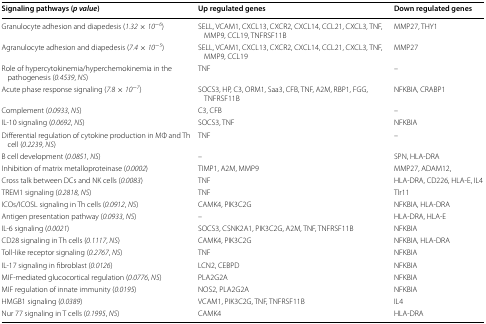
<table><thead><tr><td><b>Signaling pathways (<i>p value</i>)</b></td><td><b>Up regulated genes</b></td><td><b>Down regulated genes</b></td></tr></thead><tbody><tr><td>Granulocyte adhesion and diapedesis (<i>1.32</i> × <i>10</i><sup>−<i>6</i></sup>)</td><td>SELL, VCAM1, CXCL13, CXCR2, CXCL14, CCL21, CXCL3, TNF, MMP9, CCL19, TNFRSF11B</td><td>MMP27, THY1</td></tr><tr><td>Agranulocyte adhesion and diapedesis (<i>7.4</i> × <i>10</i><sup>−<i>5</i></sup>)</td><td>SELL, VCAM1, CXCL13, CXCR2, CXCL14, CCL21, CXCL3, TNF, MMP9, CCL19</td><td>MMP27</td></tr><tr><td>Role of hypercytokinemia/hyperchemokinemia in the pathogenesis (<i>0.4539</i>, <i>NS</i>)</td><td>TNF</td><td>–</td></tr><tr><td>Acute phase response signaling (<i>7.8</i> × <i>10</i><sup>−<i>7</i></sup>)</td><td>SOCS3, HP, C3, ORM1, Saa3, CFB, TNF, A2M, RBP1, FGG, TNFRSF11B</td><td>NFKBIA, CRABP1</td></tr><tr><td>Complement (<i>0.0933</i>, <i>NS</i>)</td><td>C3, CFB</td><td>–</td></tr><tr><td>IL-10 signaling (<i>0.0692</i>, <i>NS</i>)</td><td>SOCS3, TNF</td><td>NFKBIA</td></tr><tr><td>Differential regulation of cytokine production in MΦ and Th cell (<i>0.2239</i>, <i>NS</i>)</td><td>TNF</td><td>–</td></tr><tr><td>B cell development (<i>0.0851</i>, <i>NS</i>)</td><td>–</td><td>SPN, HLA-DRA</td></tr><tr><td>Inhibition of matrix metalloproteinase (<i>0.0002</i>)</td><td>TIMP1, A2M, MMP9</td><td>MMP27, ADAM12,</td></tr><tr><td>Cross talk between DCs and NK cells (<i>0.0083</i>)</td><td>TNF</td><td>HLA-DRA, CD226, HLA-E, IL4</td></tr><tr><td>TREM1 signaling (<i>0.2818</i>, <i>NS</i>)</td><td>TNF</td><td>Tlr11</td></tr><tr><td>ICOs/ICOSL signaling in Th cells (<i>0.0912</i>, <i>NS</i>)</td><td>CAMK4, PIK3C2G</td><td>NFKBIA, HLA-DRA</td></tr><tr><td>Antigen presentation pathway (<i>0.0933</i>, <i>NS</i>)</td><td>–</td><td>HLA-DRA, HLA-E</td></tr><tr><td>IL-6 signaling (<i>0.0021</i>)</td><td>SOCS3, CSNK2A1, PIK3C2G, A2M, TNF, TNFRSF11B</td><td>NFKBIA</td></tr><tr><td>CD28 signaling in Th cells (<i>0.1117</i>, <i>NS</i>)</td><td>CAMK4, PIK3C2G</td><td>NFKBIA, HLA-DRA</td></tr><tr><td>Toll-like receptor signaling (<i>0.2767</i>, <i>NS</i>)</td><td>TNF</td><td>NFKBIA</td></tr><tr><td>IL-17 signaling in fibroblast (<i>0.0126</i>)</td><td>LCN2, CEBPD</td><td>NFKBIA</td></tr><tr><td>MIF-mediated glucocortical regulation (<i>0.0776</i>, <i>NS</i>)</td><td>PLA2G2A</td><td>NFKBIA</td></tr><tr><td>MIF regulation of innate immunity (<i>0.0195</i>)</td><td>NOS2, PLA2G2A</td><td>NFKBIA</td></tr><tr><td>HMGB1 signaling (<i>0.0389</i>)</td><td>VCAM1, PIK3C2G, TNF, TNFRSF11B</td><td>IL4</td></tr><tr><td>Nur 77 signaling in T cells (<i>0.1995</i>, <i>NS</i>)</td><td>CAMK4</td><td>HLA-DRA</td></tr></tbody></table>